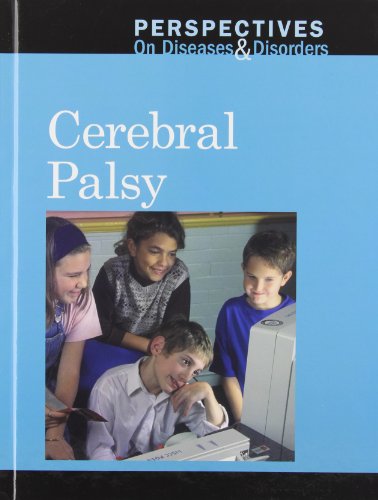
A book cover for Cerebral Palsy (Perspectives on Diseases and Disorders); Jacqueline Langwith; Teen & Young Adult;